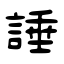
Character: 諈